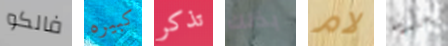
فالكو كبيره تذكر بذلك لام عندما